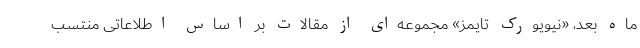
ماه بعد، «نیویورک تایمز» مجموعه‌ای از مقالات بر اساس اطلاعاتی منتسب